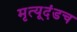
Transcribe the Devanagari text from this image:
मृत्यूदंडच